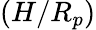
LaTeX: (H/R_{p})